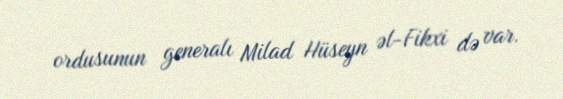
ordusunun generalı Milad Hüseyn əl-Fikxi də var.